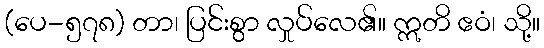
(ပေ-၅၇၈) တာ၊ ပြင်းစွာ လှုပ်လေ၏။ ဣတိ ဧဝံ၊ သို့။